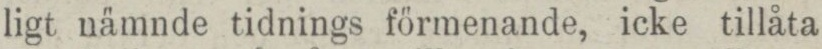
ligt nämnde tidnings förmenande, icke tillåta